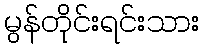
မွန်တိုင်းရင်းသား